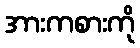
အားကစားကို